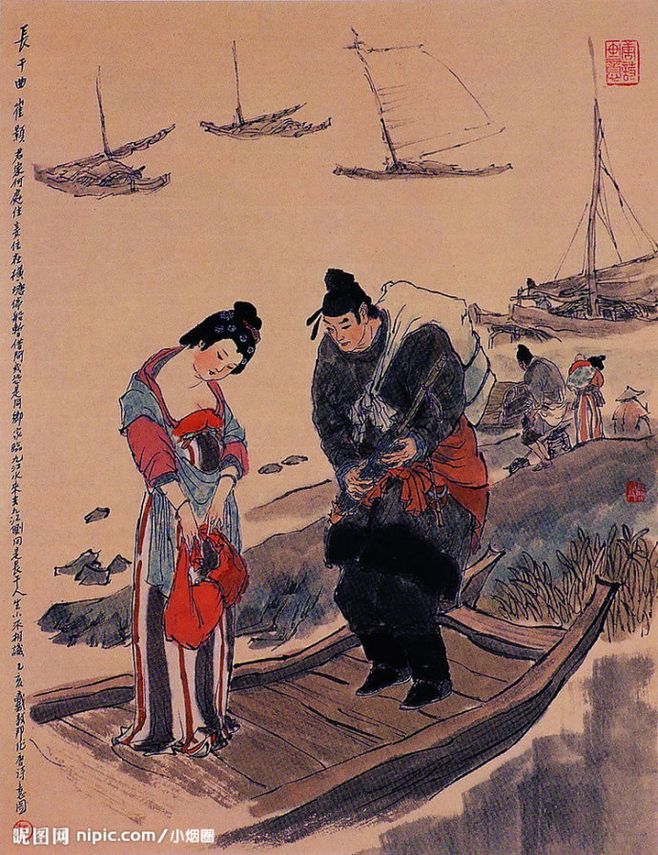
君家何处住，妾住在横塘。